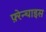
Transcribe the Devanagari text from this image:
फ़्रेन्चाइस